Maali_päevik, lk 429
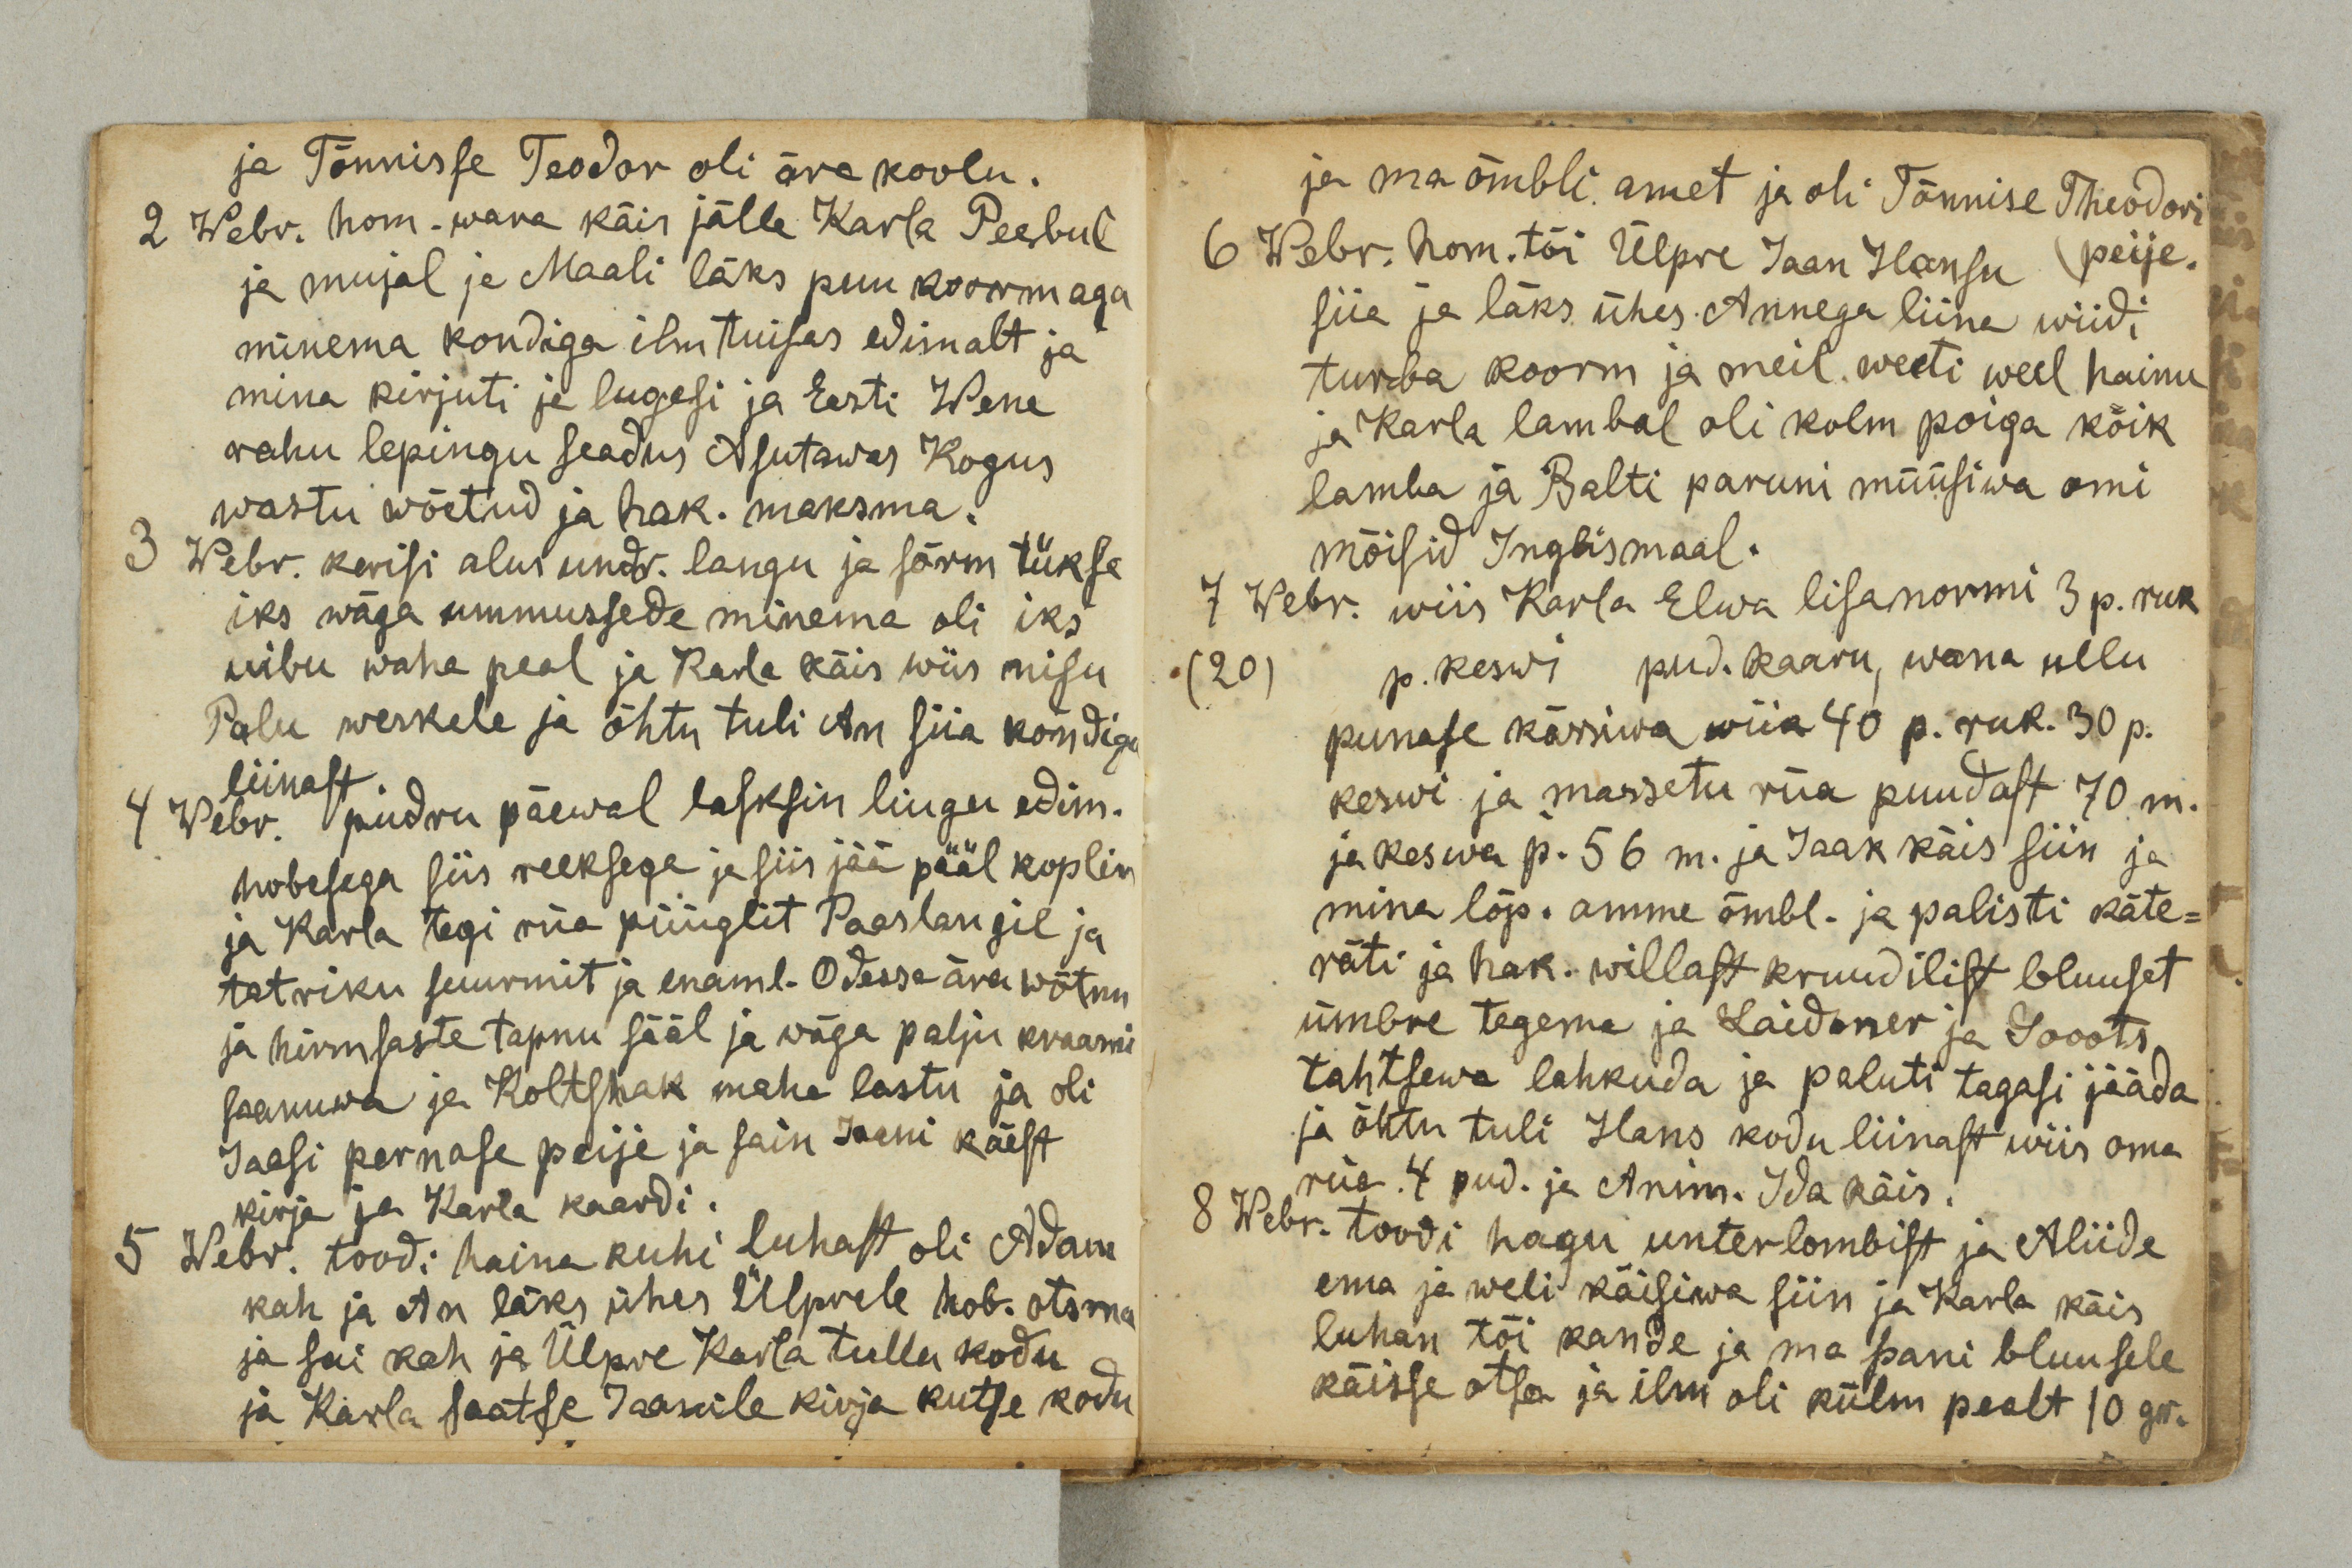
ja Tõnnisse Teodor oli ära koolu.
2 Webr. hom. wara käis jälle Karla Peebul
ja mujal ja Maali läks puu koormaga
minema kondiga ilm tuisas edimalt ja
mina kirjuti ja lugesi ja Eesti Wene
rahu lepingu seadus Asutawas Kogus
wastu wõetud ja hak. maksma.
3 Webr. kerisi alus undr. langu ja sõrm tükse
iks wäga ummussede minema oli iks
uibu wahe peal ja Karla käis wiis nisu
Palu weskele ja õhtu tuli An siia kondiga
liinast.
4 Webr. pudru päewal lasksin liugu edim.
hobesega siis reeksega ja siis jää pääl koplin
ja Karla tegi rüa püüglit Paaslangil ja
tatriku suurmit ja enaml. Odessa ära wõtnu
ja hirmsaste tapnu sääl ja wäga palju kraami
saanuwa ja Koltshak maha lastu ja oli
Jaasi pernase peije ja sain Jaani käest
kirja ja Karla kaardi.
5 Webr. toodi haina kuhi luhast oli Adam
kah ja An läks ühes Ülprele hob. otsma
ja sai kah ja Ülpre Karla tullu kodu
ja Karla saatse Jaanile kirja kutse kodu

ja ma õmbli amet ja oli Tõnnisse Theodori
peije.
6 Webr. hom. tõi Ülpre Jaan Hansu
siia ja läks ühes Annega liina wiidi
turba koorm ja meil weeti weel hainu
ja Karla lambal oli kolm poiga kõik
lamba ja Balti paruni müüsiwa omi
mõisid Inglismaal.
7 Webr. wiis Karla Elwa lisanormi 3 p. ruk
20
p. keswi pud. kaaru, wana ullu
punase kässiwa wiia 40 p. ruk. 30 p.
keswi ja massetu rüa puudast 70 m.
ja keswa p. 56 m. ja Jaak käis siin ja
mina lõp. amme õmbl. ja palisti käte-
räti ja hak. willast kruudilist bluuset
ümbre tegema ja Laidoner ja Sooots
tahtsewa lahkuda ja paluti tagasi jääda
ja õhtu tuli Hans kodu liinast wiis oma
rüa. 4 pud. ja Anim. Ida käis.
8 Webr. toodi hagu unterlombist ja Aliide
ema ja weli käisiwa siin ja Karla käis
luhan tõi kande ja ma pani bluusele
käisse otsa ja ilm oli külm pealt 10 gr.